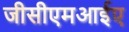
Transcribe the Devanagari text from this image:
जीसीएमआईए